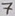
Text: 7